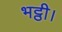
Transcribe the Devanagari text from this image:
भट्ठी।